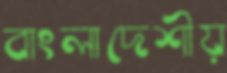
বাংলাদেশীয়